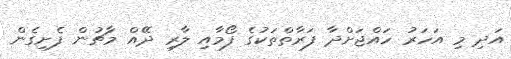
އަދި މި އަހަރު ހައްޖަށްދާ ފަރާތްތަކުގެ ފޯމާއި ލާރި ދޭއް މާޗުން ފެށިގެން